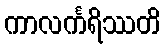
ကာလင်္ကရိဿတိ